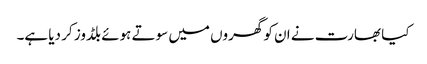
کیا بھارت نے ان کو گھروں میں سوتے ہوئے بلڈوز کر دیا ہے۔